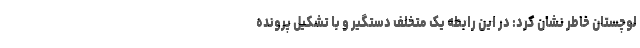
لوچستان خاطر نشان کرد: در این رابطه یک متخلف دستگیر و با تشکیل پرونده